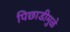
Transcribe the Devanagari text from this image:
पिछाडीमुळे